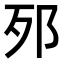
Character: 𨚌